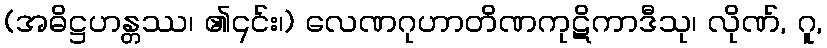
(အဓိဋ္ဌဟန္တဿ၊ ၏၎င်း၊) လေဏဂုဟာတိဏကုဋိကာဒီသု၊ လိုဏ်, ဂူ,